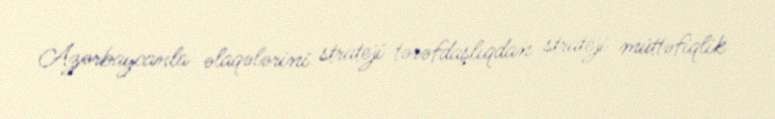
Azərbaycanla əlaqələrini strateji tərəfdaşlıqdan strateji müttəfiqlik